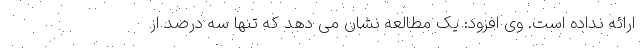
ارائه نداده است. وی افزود: یک مطالعه نشان می دهد که تنها سه درصد از